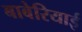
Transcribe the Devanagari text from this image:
बाबेरियाई